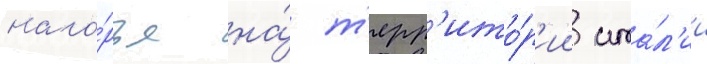
наго́рья на́ т'ерр'ито́р'ии ита́л'ии